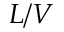
L / V